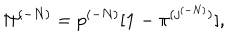
{ \Pi } ^ { ( - N ) } = p ^ { ( - N ) } [ { \bf 1 } - { \pi } ^ { ( j ^ { ( - N ) } ) } ] ,